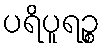
ပရိပူရဉ္စ